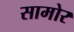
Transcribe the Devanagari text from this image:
सामोर